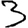
Digit: 3